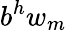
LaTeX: b^{h}w_{m}